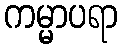
ကမ္မာပရာ